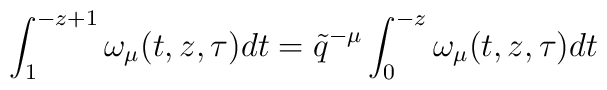
\int_1^{-z+1}\omega_\mu (t,z,\tau )dt=\tilde q^{-\mu}\int_0^{-z}\omega_{\mu}(t,z,\tau)dt